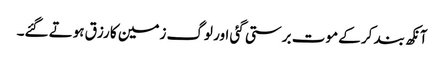
آنکھ بند کر کے موت برستی گئی اور لوگ زمین کا رزق ہوتے گئے۔